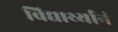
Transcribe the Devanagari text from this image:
विद्यार्थ्यानं